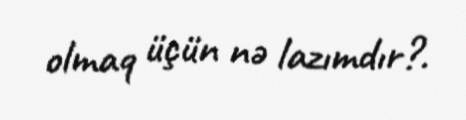
olmaq üçün nə lazımdır?.